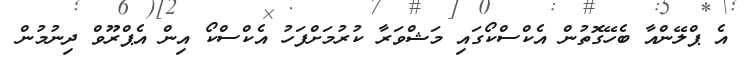
އެ ޕްލޭންއާ ބެހޭގޮތުން އެކްސްކޯގައި މަޝްވަރާ ކުރުމަށްފަހު އެކްސްކޯ އިން އެޕްރޫވް ދިނުމުން